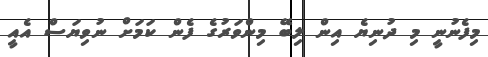
މިފެނުނީ މި ދުނިޔެ އިން ލިބޭ މިންވަރުގެ ފެން ކަމަށް ނުވިޔަސް އެއީ